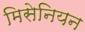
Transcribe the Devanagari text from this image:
मिसेनियन